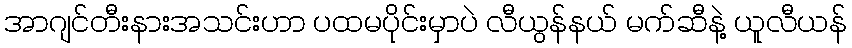
အာဂျင်တီးနားအသင်းဟာ ပထမပိုင်းမှာပဲ လီယွန်နယ် မက်ဆီနဲ့ ယူလီယန်